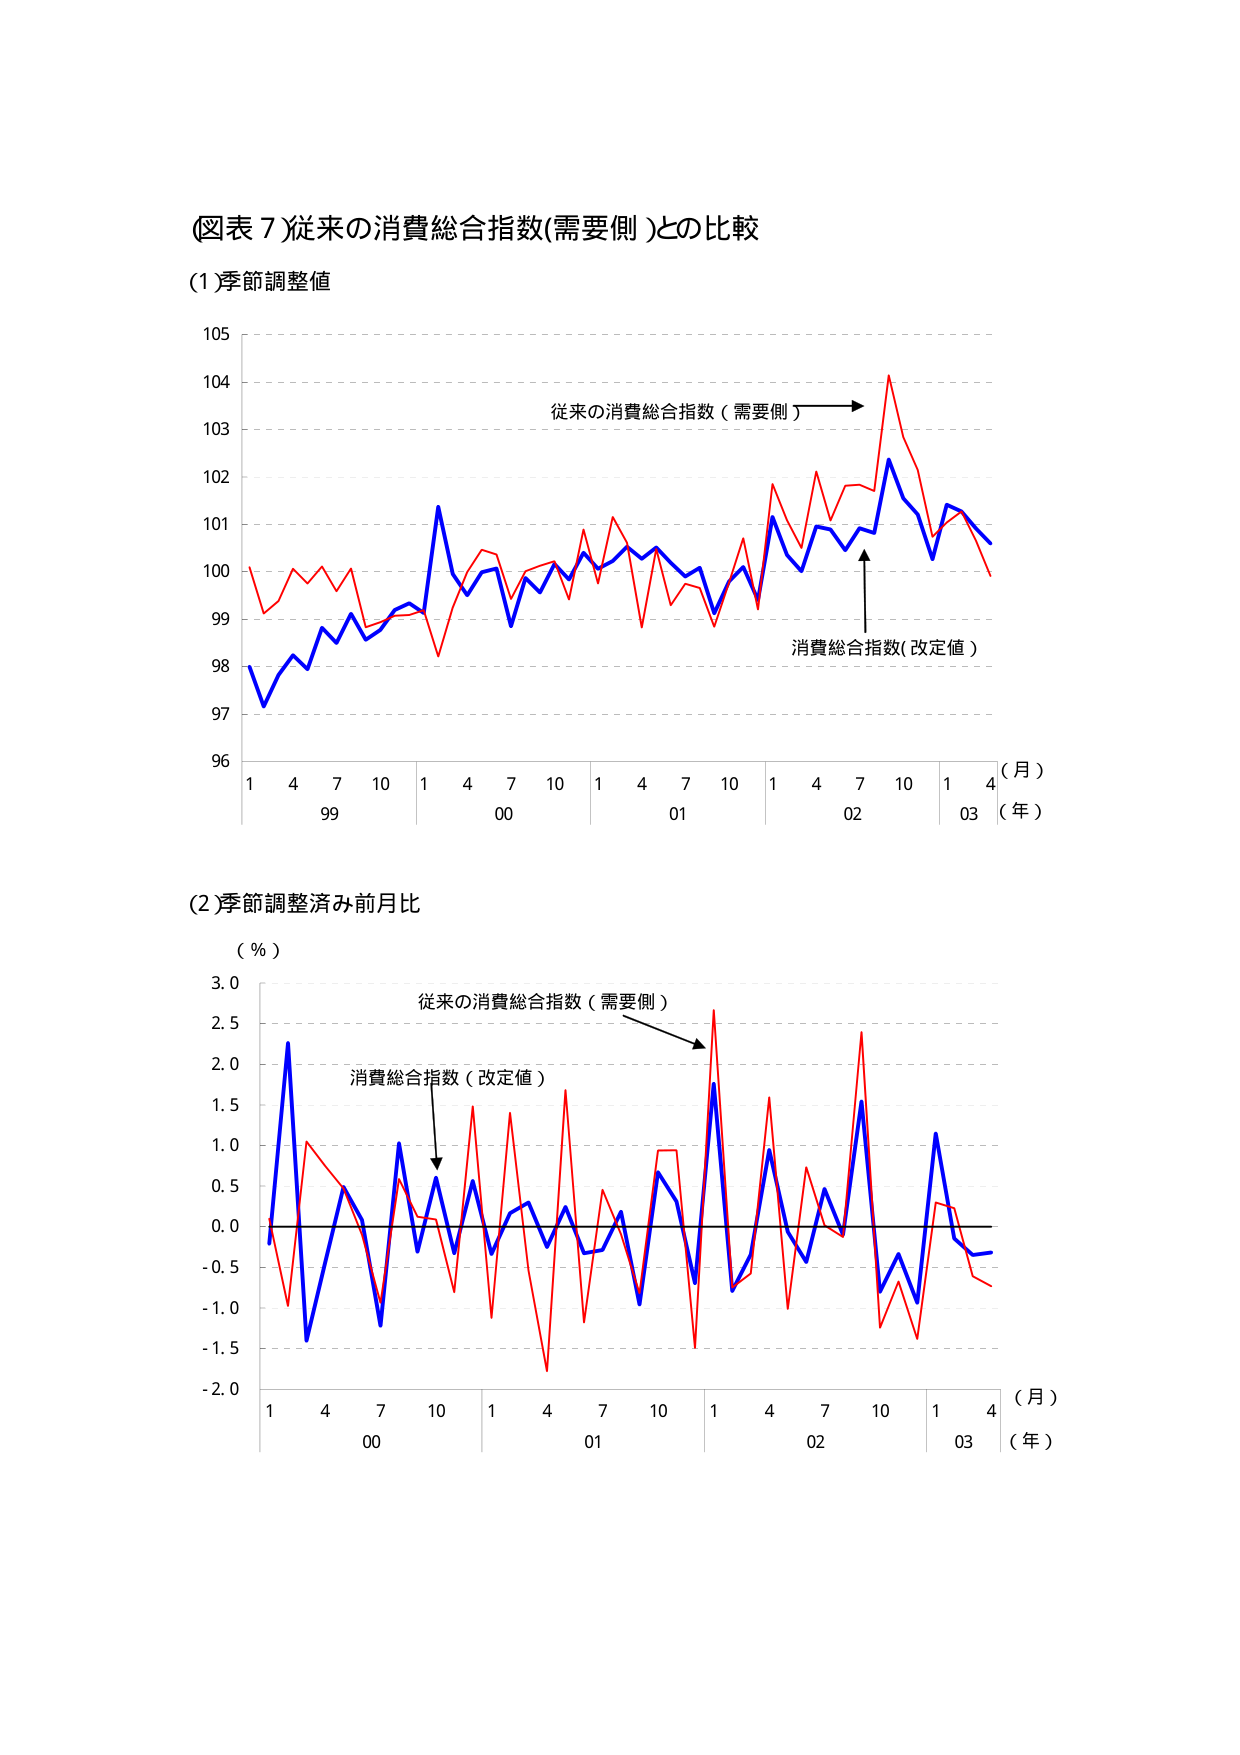
(図表7)従来の消費総合指数(需要側)との比較

(1)季節調整値

105
104
103
102
101
100
99
98
97
96

従来の消費総合指数（需要側）
消費総合指数(改定値)

1 4 7 10 1 4 7 10 1 4 7 10 1 4 7 10 1 4
99 00 01 02 03
（月）
（年）

(2)季節調整済み前月比

（％）
3.0
2.5
2.0
1.5
1.0
0.5
0.0
-0.5
-1.0
-1.5
-2.0

従来の消費総合指数（需要側）
消費総合指数（改定値）

1 4 7 10 1 4 7 10 1 4 7 10 1 4
00 01 02 03
（月）
（年）